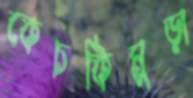
কেচকিমুড়া